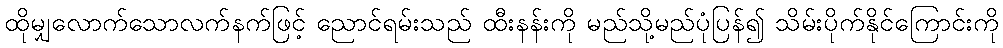
ထိုမျှလောက်သောလက်နက်ဖြင့် ညောင်ရမ်းသည် ထီးနန်းကို မည်သို့မည်ပုံပြန်၍ သိမ်းပိုက်နိုင်ကြောင်းကို